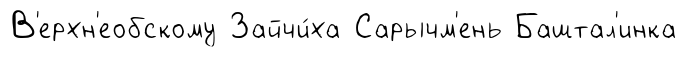
В'ерхн'еобскому Зайчи́ха Сарычм'ень Баштал'инка